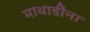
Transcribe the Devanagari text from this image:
माथाडींना